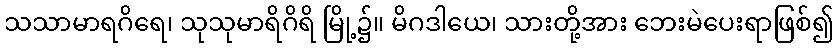
သသာမာရဂိရေ၊ သုသုမာရိဂိရိ မြို့၌။ မိဂဒါယေ၊ သားတို့အား ဘေးမဲပေးရာဖြစ်၍